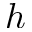
\boldsymbol { h }